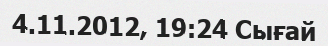
4.11.2012, 19:24 Сығай